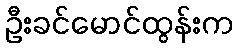
ဦးခင်မောင်ထွန်းက